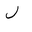
Letter: _lam